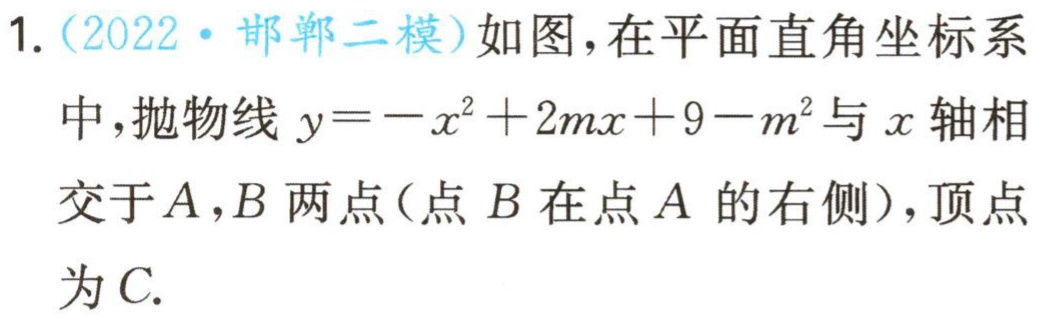
1.（2022·邯郸二模）如图，在平面直角坐标系中，抛物线\(y = -x^{2}+2mx + 9 - m^{2}\)与\(x\)轴相交于\(A\)，\(B\)两点（点\(B\)在点\(A\)的右侧），顶点为\(C\).